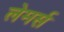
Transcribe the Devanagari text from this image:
लेमर्स